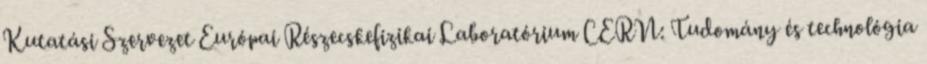
Kutatási Szervezet Európai Részecskefizikai Laboratórium CERN: Tudomány és technológia